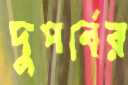
দুপর্বের